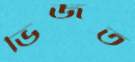
ভিজত